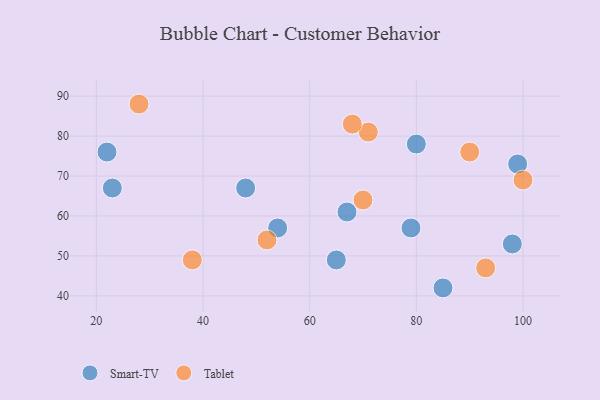
{"axis": {"x": "GDP", "y": "Life Expectancy"}, "legend": ["Smart-TV", "Tablet"], "data": [{"x": "79", "y": 57, "type": "Smart-TV"}, {"x": "54", "y": 57, "type": "Smart-TV"}, {"x": "85", "y": 42, "type": "Smart-TV"}, {"x": "22", "y": 76, "type": "Smart-TV"}, {"x": "98", "y": 53, "type": "Smart-TV"}, {"x": "80", "y": 78, "type": "Smart-TV"}, {"x": "65", "y": 49, "type": "Smart-TV"}, {"x": "23", "y": 67, "type": "Smart-TV"}, {"x": "48", "y": 67, "type": "Smart-TV"}, {"x": "67", "y": 61, "type": "Smart-TV"}, {"x": "99", "y": 73, "type": "Smart-TV"}, {"x": "71", "y": 81, "type": "Tablet"}, {"x": "38", "y": 49, "type": "Tablet"}, {"x": "68", "y": 83, "type": "Tablet"}, {"x": "93", "y": 47, "type": "Tablet"}, {"x": "90", "y": 76, "type": "Tablet"}, {"x": "70", "y": 64, "type": "Tablet"}, {"x": "28", "y": 88, "type": "Tablet"}, {"x": "52", "y": 54, "type": "Tablet"}, {"x": "100", "y": 69, "type": "Tablet"}]}